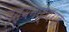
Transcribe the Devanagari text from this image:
नृत्यनाट्यगृह